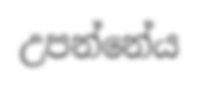
උපන්නේය